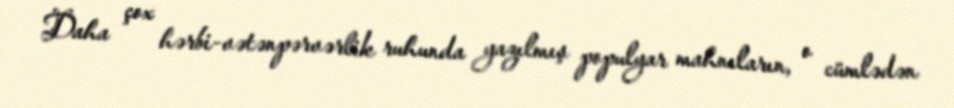
Daha çox hərbi-vətənpərvərlik ruhunda yazılmış populyar mahnıların, o cümlədən